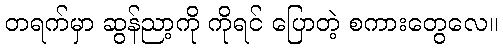
တရက်မှာ ဆွန်ညာ့ကို ကိုရင် ပြောတဲ့ စကားတွေလေ။